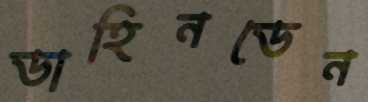
ডাহিনডেন